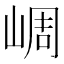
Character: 㟘